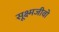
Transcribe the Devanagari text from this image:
सूक्ष्मजीवो